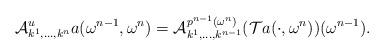
LaTeX: \begin{align*}\mathcal{A}^u_{k^1,\ldots,k^{n}}a(\omega^{n-1},\omega^{n})=\mathcal{A}^{p^{n-1}(\omega^{n})}_{k^1,\ldots,k^{n-1}}(\mathcal{T}a(\cdot,\omega^{n}))(\omega^{n-1}).\end{align*}